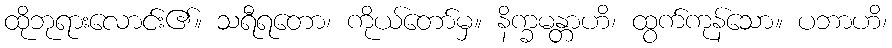
ထိုဘုရားလောင်း၏။ သရီရတော၊ ကိုယ်တော်မှ။ နိက္ခမန္တာဟိ၊ ထွက်ကုန်သော။ ပဘာဟိ၊